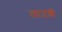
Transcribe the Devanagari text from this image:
लाउन्जों